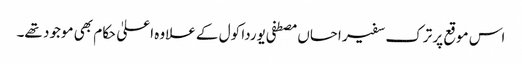
اس موقع پر ترک سفیر احساں مصطفی یوردا کول کے علاوہ اعلیٰ حکام بھی موجود تھے۔